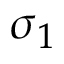
\sigma _ { 1 }